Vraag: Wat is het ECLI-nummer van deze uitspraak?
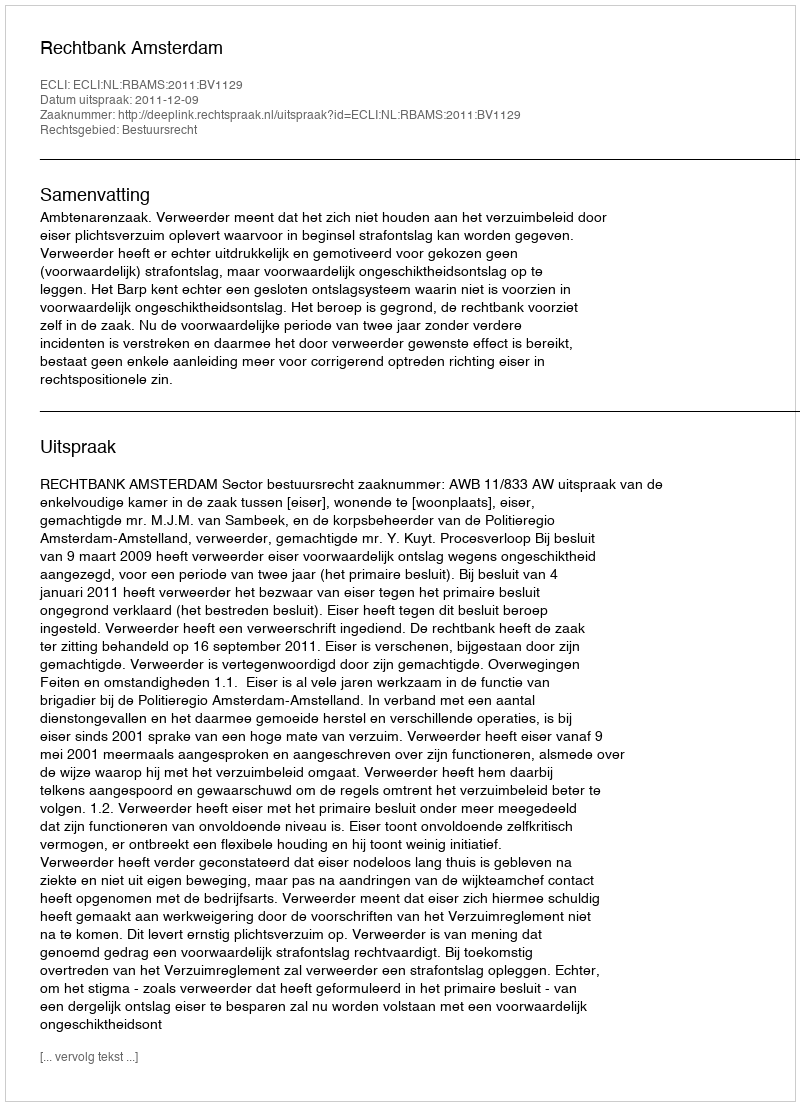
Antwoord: ECLI:NL:RBAMS:2011:BV1129